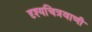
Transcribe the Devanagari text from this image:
दृश्यचित्रवाणी